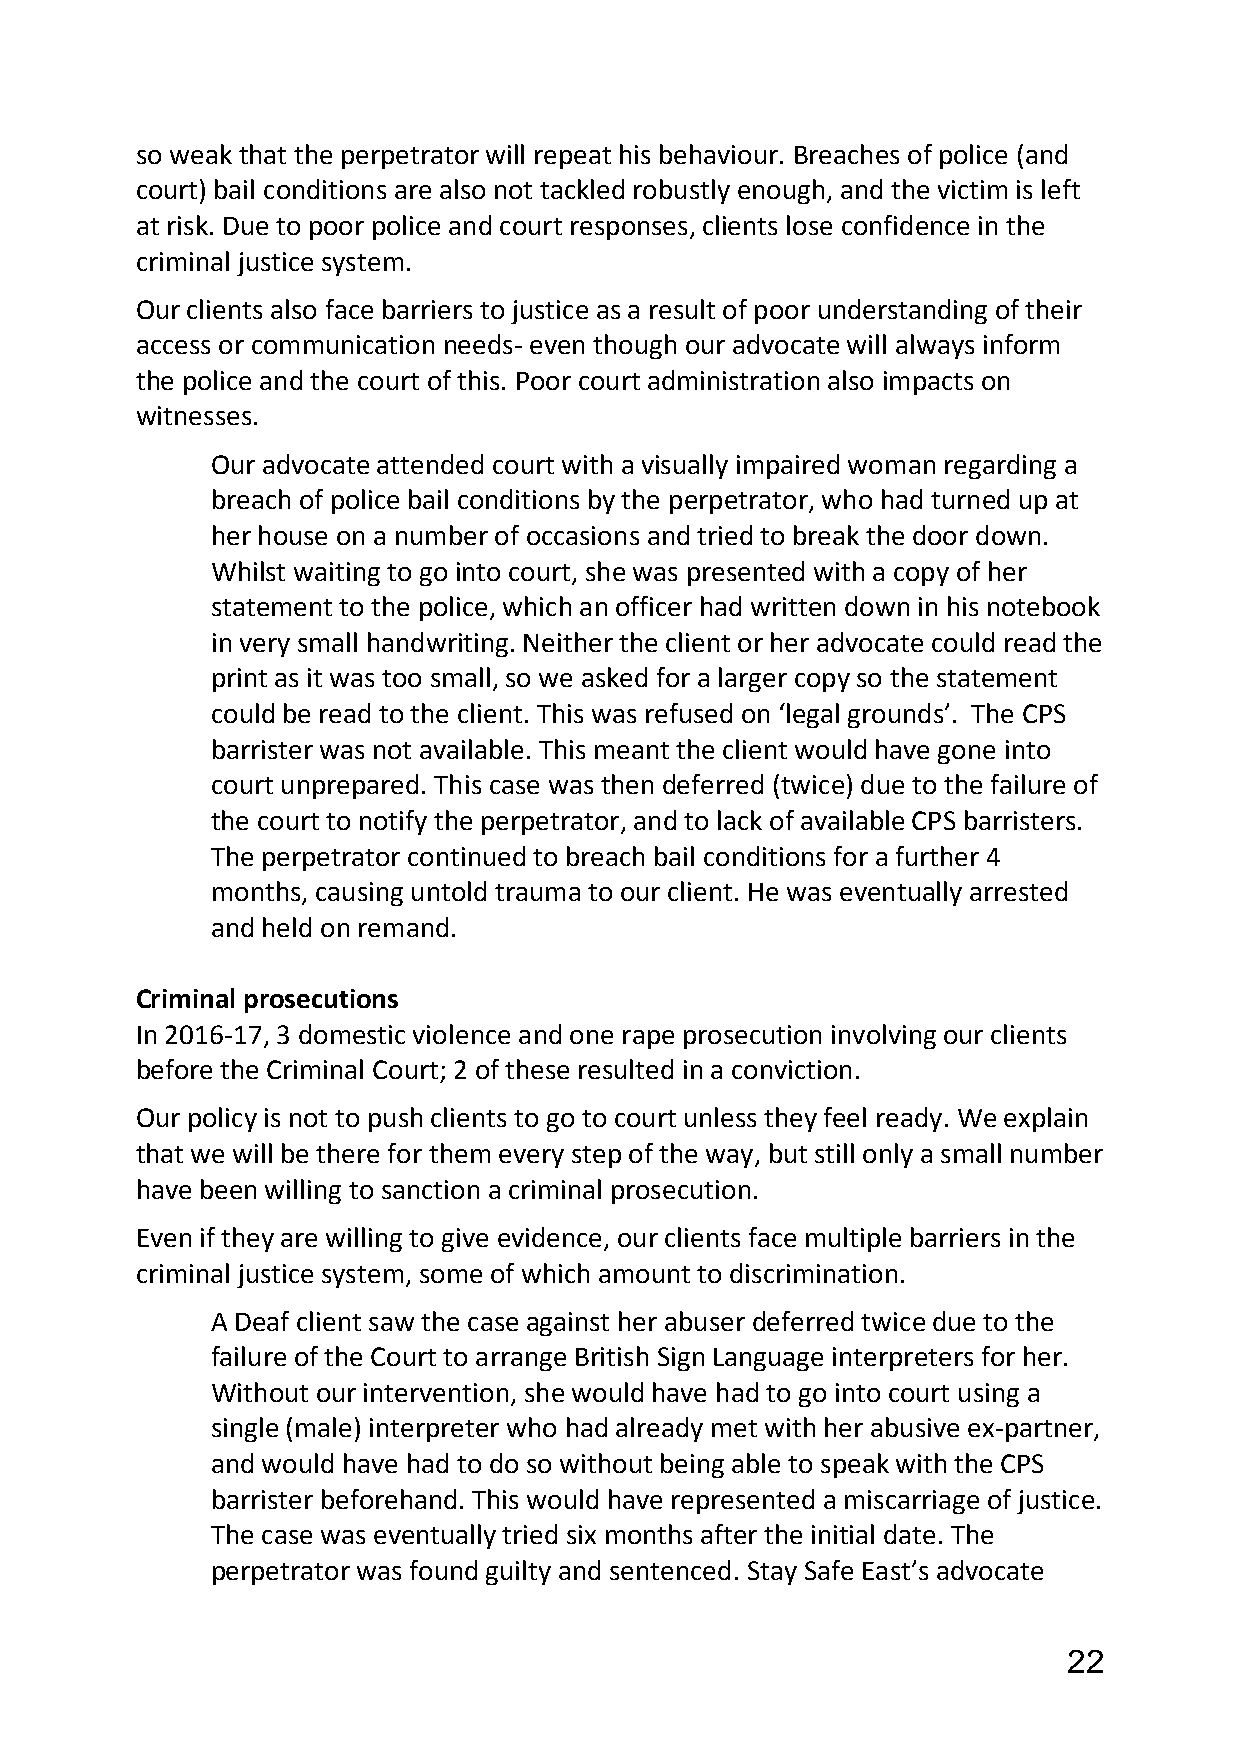
so weak that the perpetrator will repeat his behaviour. Breaches of police (and
 court) bail conditions are also not tackled robustly enough, and the victim is left
 at risk. Due to poor police and court responses, clients lose confidence in the
 criminal justice system.
 Our clients also face barriers to justice as a result of poor understanding of their
 access or communication needs- even though our advocate will always inform
 the police and the court of this. Poor court administration also impacts on
 witnesses.
 Our advocate attended court with a visually impaired woman regarding a
 breach of police bail conditions by the perpetrator, who had turned up at
 her house on a number of occasions and tried to break the door down.
 Whilst waiting to go into court, she was presented with a copy of her
 statement to the police, which an officer had written down in his notebook
 in very small handwriting. Neither the client or her advocate could read the
 print as it was too small, so we asked for a larger copy so the statement
 could be read to the client. This was refused on ‘legal grounds’. The CPS
 barrister was not available. This meant the client would have gone into
 court unprepared. This case was then deferred (twice) due to the failure of
 the court to notify the perpetrator, and to lack of available CPS barristers.
 The perpetrator continued to breach bail conditions for a further 4
 months, causing untold trauma to our client. He was eventually arrested
 and held on remand.
 Criminal prosecutions
 In 2016-17, 3 domestic violence and one rape prosecution involving our clients
 before the Criminal Court; 2 of these resulted in a conviction.
 Our policy is not to push clients to go to court unless they feel ready. We explain
 that we will be there for them every step of the way, but still only a small number
 have been willing to sanction a criminal prosecution.
 Even if they are willing to give evidence, our clients face multiple barriers in the
 criminal justice system, some of which amount to discrimination.
 A Deaf client saw the case against her abuser deferred twice due to the
 failure of the Court to arrange British Sign Language interpreters for her.
 Without our intervention, she would have had to go into court using a
 single (male) interpreter who had already met with her abusive ex-partner,
 and would have had to do so without being able to speak with the CPS
 barrister beforehand. This would have represented a miscarriage of justice.
 The case was eventually tried six months after the initial date. The
 perpetrator was found guilty and sentenced. Stay Safe East’s advocate
 22